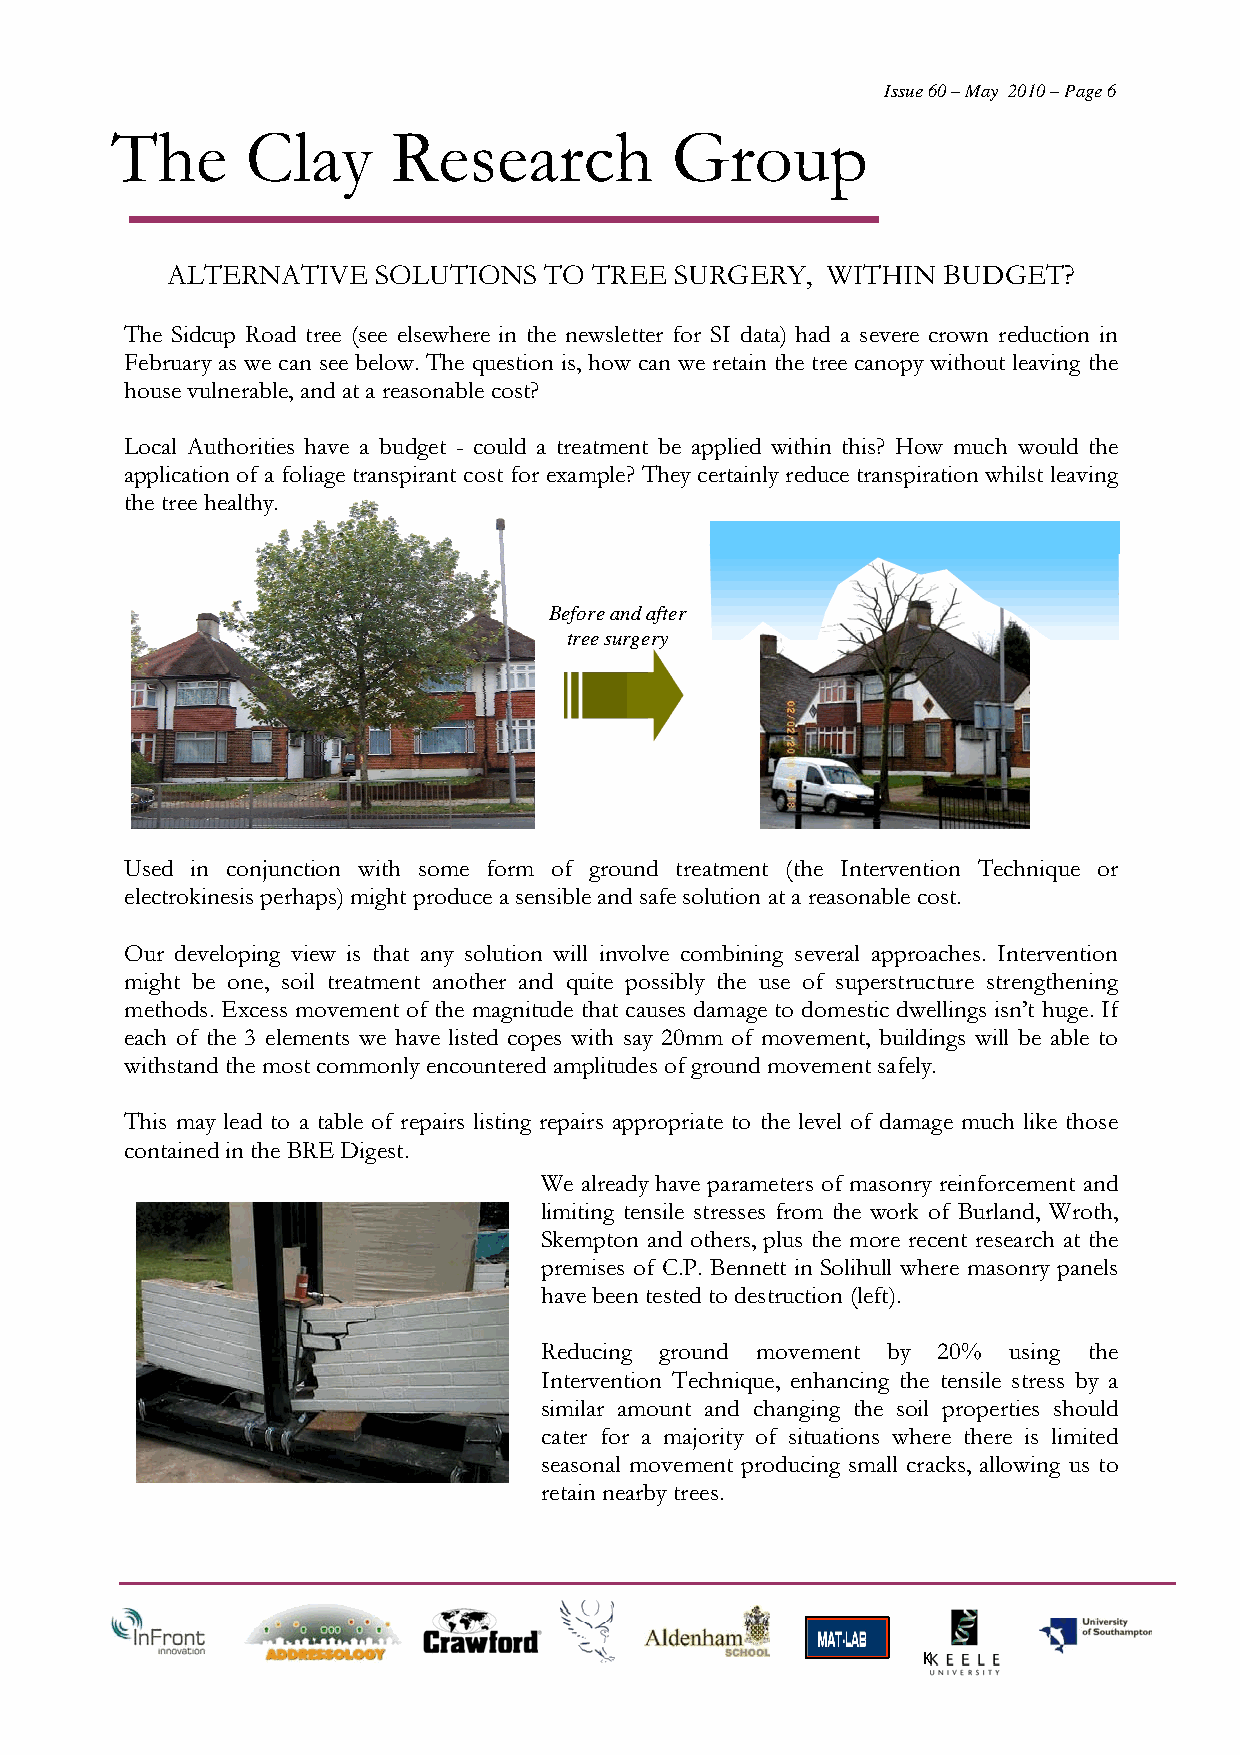
Issue 60 – May 2010 – Page 6
 The      Clay      Research          Group
 ALTERNATIVE   SOLUTIONS  TO TREE  SURGERY,  WITHIN BUDGET?
 The Sidcup Road tree (see elsewhere in the newsletter for SI data) had a severe crown reduction in
 February as we can see below. The question is, how can we retain the tree canopy without leaving the
 house vulnerable, and at a reasonable cost?
 Local Authorities have a budget - could a treatment be applied within this? How much would the
 application of a foliage transpirant cost for example? They certainly reduce transpiration whilst leaving
 the tree healthy.
 Before and after
 tree surgery
 Used in conjunction with some form of ground treatment (the Intervention Technique or
 electrokinesis perhaps) might produce a sensible and safe solution at a reasonable cost.
 Our developing view is that any solution will involve combining several approaches. Intervention
 might be one, soil treatment another and quite possibly the use of superstructure strengthening
 methods. Excess movement of the magnitude that causes damage to domestic dwellings isn’t huge. If
 each of the 3 elements we have listed copes with say 20mm of movement, buildings will be able to
 withstand the most commonly encountered amplitudes of ground movement safely.
 This may lead to a table of repairs listing repairs appropriate to the level of damage much like those
 contained in the BRE Digest.
 We already have parameters of masonry reinforcement and
 limiting tensile stresses from the work of Burland, Wroth,
 Skempton and others, plus the more recent research at the
 premises of C.P. Bennett in Solihull where masonry panels
 have been tested to destruction (left).
 Reducing ground movement by 20% using the
 Intervention Technique, enhancing the tensile stress by a
 similar amount and changing the soil properties should
 cater for a majority of situations where there is limited
 seasonal movement producing small cracks, allowing us to
 retain nearby trees.
 K